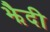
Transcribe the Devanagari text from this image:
झैदी